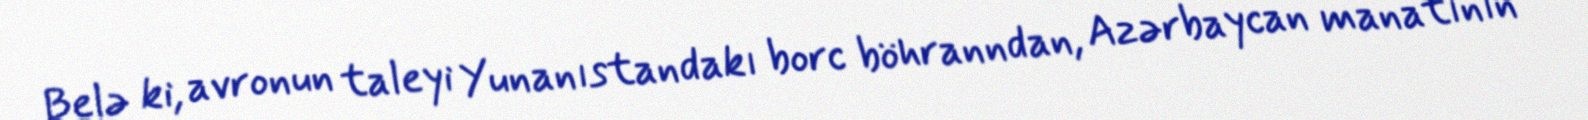
Belə ki, avronun taleyi Yunanıstandakı borc böhranndan, Azərbaycan manatının